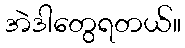
အဲဒါတွေရတယ်။